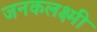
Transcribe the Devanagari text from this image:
जनकलक्ष्मी